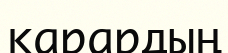
қарардың